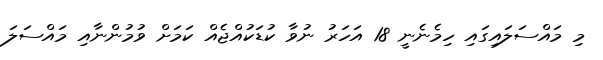
މި މައްސަލައިގައި ހިމެނެނީ 18 އަހަރު ނުވާ ކުޑަކުއްޖެއް ކަމަށް ވުމުންނާއި މައްސަލަ